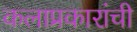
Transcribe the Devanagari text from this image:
कलाप्रकारांची